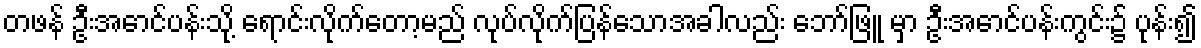
တဖန် ဦးအောင်ပန်းသို့ ရောင်းလိုက်တော့မည် လုပ်လိုက်ပြန်သောအခါလည်း ဘော်ဖြူ မှာ ဦးအောင်ပန်းကွင်း၌ ပုန်း၍